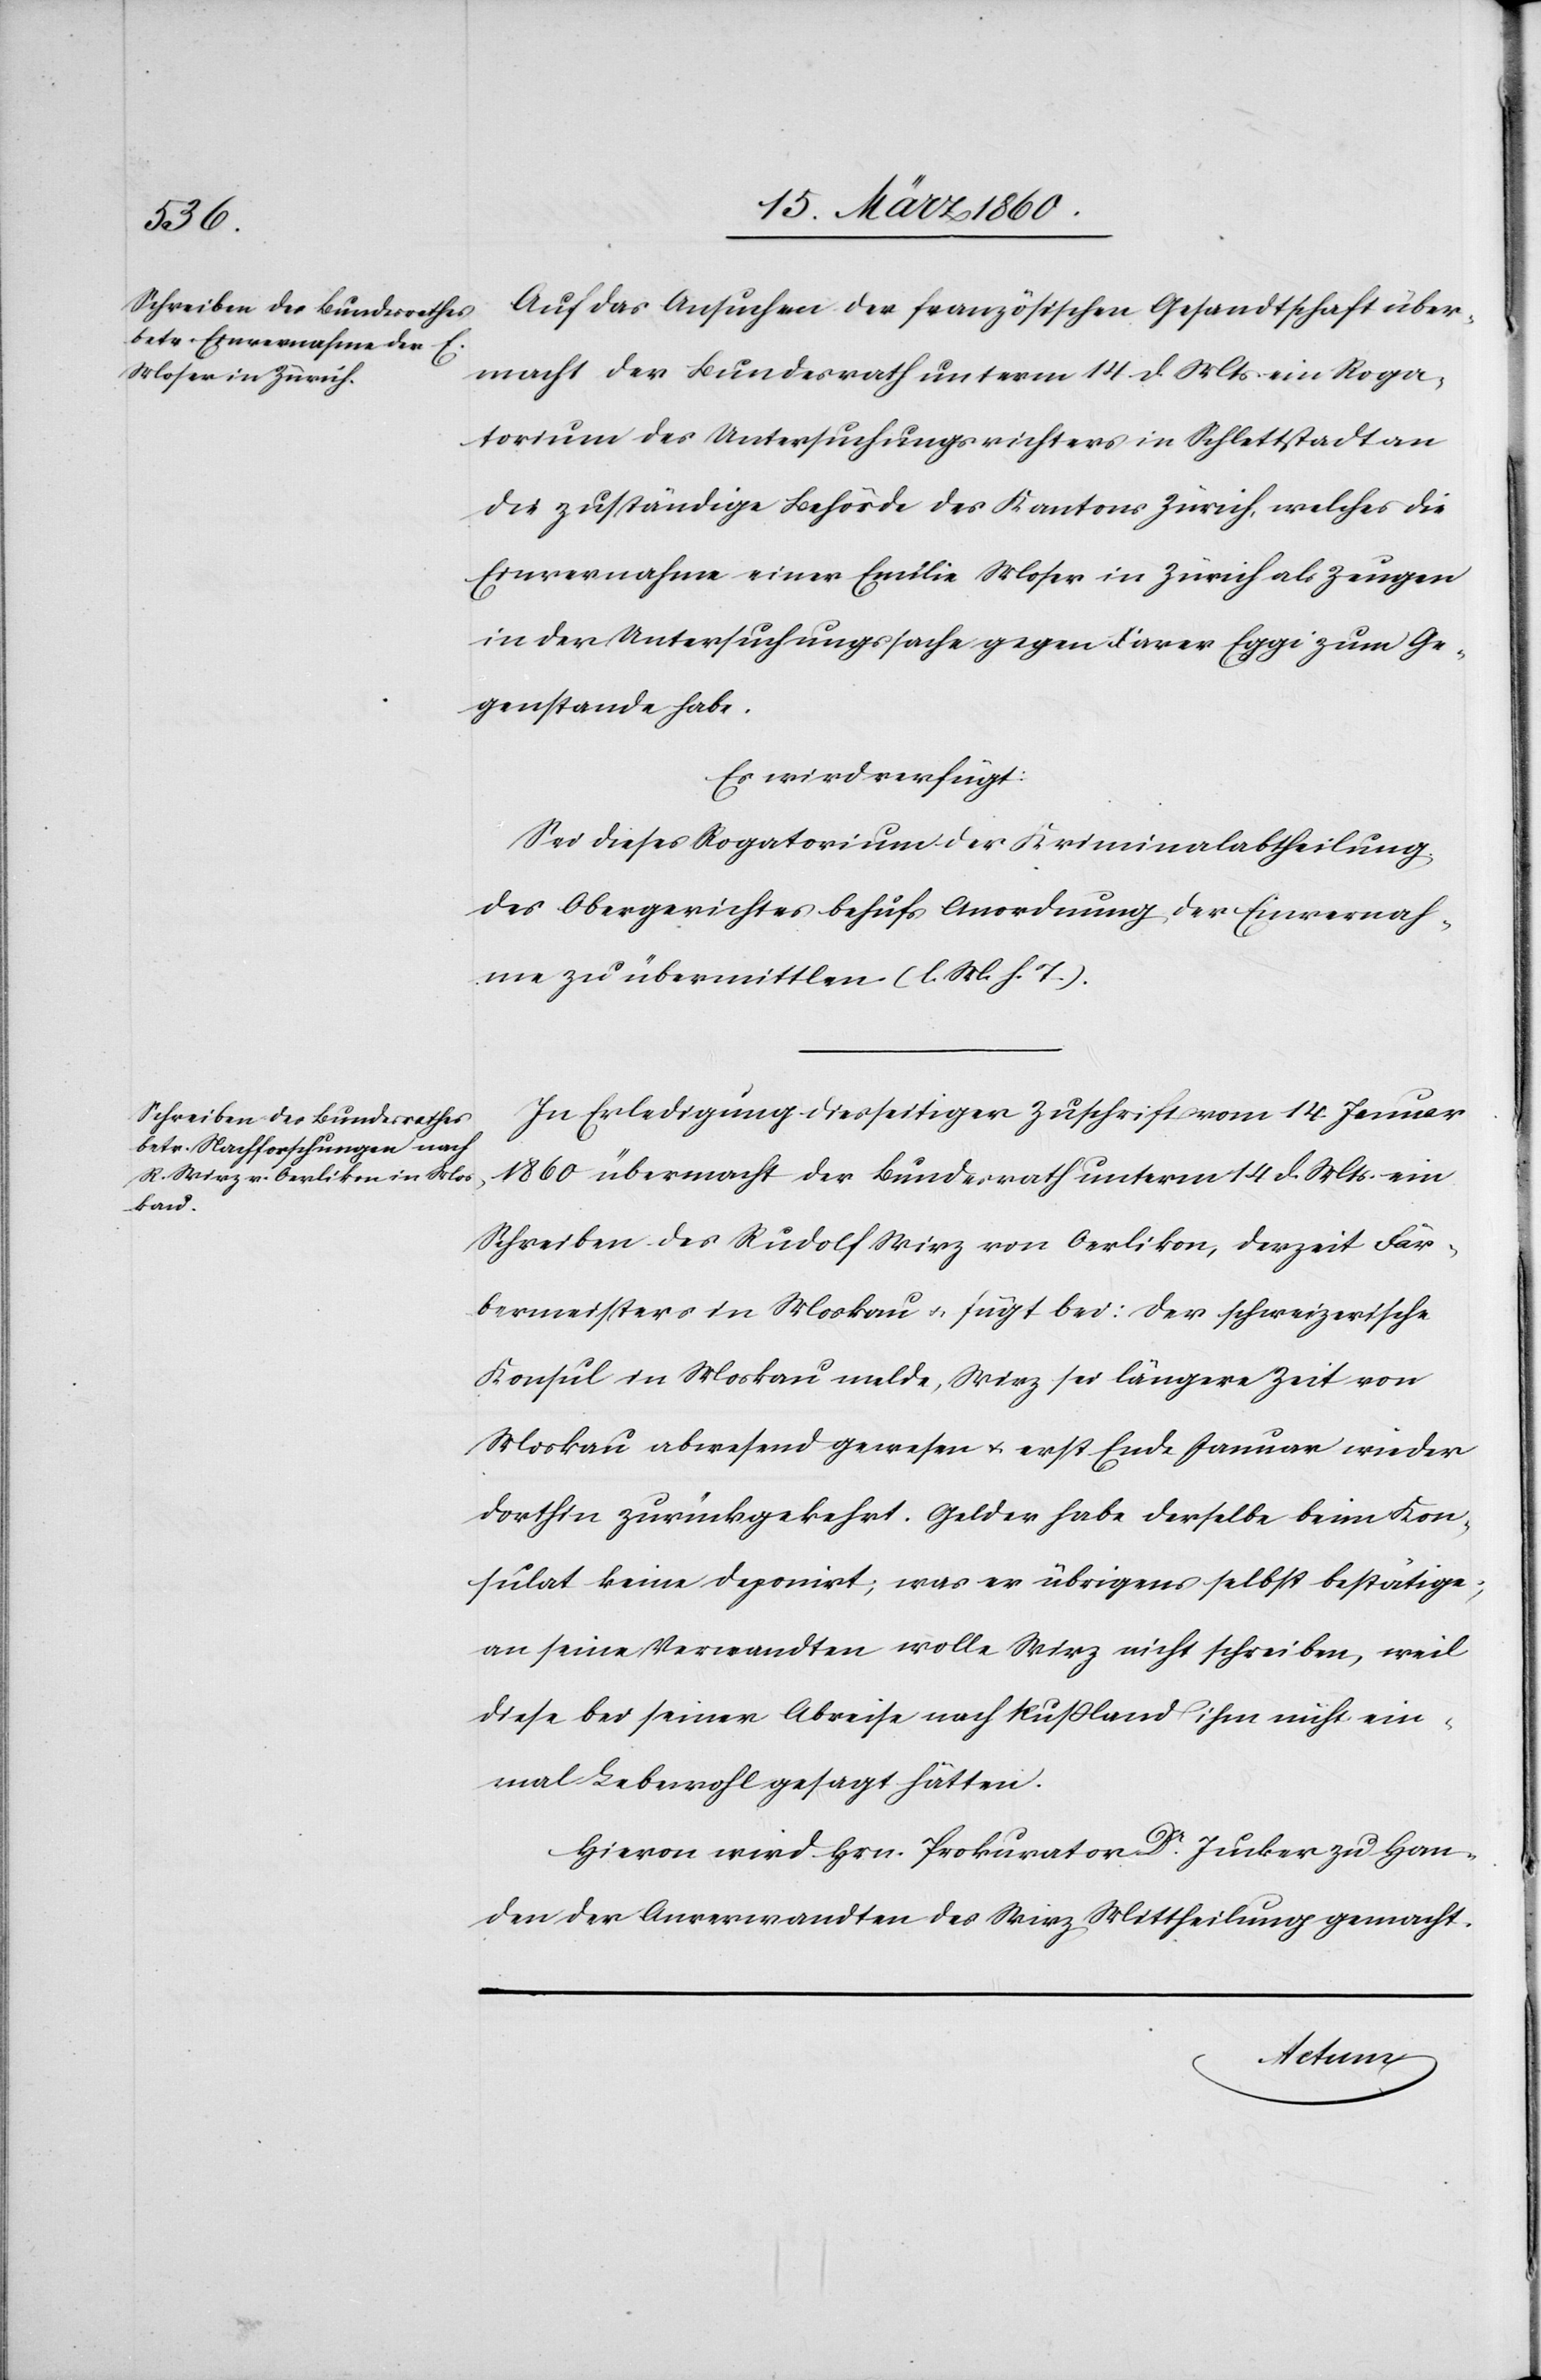
16. März 1860.]
Auf das Ansuchen der französischen Gesandtschaft über¬
macht der Bundesrath unterm 14. d. Mts. ein Roga¬
torium des Untersuchungsrichters in Schlattstadt an
die zuständige Behörde des Kantons Zürich, welches die
Einvernahme einer Emilie Moser in Zürich als Zeugen
in der Untersuchungssache gegen Xaver Eggi zum Ge¬
genstande habe.
Es wird verfügt:
Sei dieses Rogatorium der Kriminalabtheilung
des Obergerichtes behufs Anordnung der Einvernah¬
me zu übermitteln. [l. M. h. T]
In Erledigung diesseitiger Zuschrift vom 14. Jenner
1860 übermacht der Bundesrath unterm 14. d. Mts. ein
Schreiben des Rudolf Wirz von Oerlikon, derzeit Fär¬
bermeisters in Moskau u. fügt bei: der schweizerische
Konsul in Moskau melde, Wirz sei längere Zeit von
Moskau abwesend gewesen u. erst Ende Januar wieder
dorthin zurückgekehrt. Gelder habe derselbe beim Kon¬
sulat keine deponirt; was er übrigens selbst bestätige;
an seine Verwandten wolle Wirz nicht schreiben, weil
diese bei seiner Abreise nach Russland ihm nicht ein¬
mal Lebewohl gesagt hätten.
Hievon wird Hrn. Prokurator Dr Jucker zu Han¬
den der Anverwandten des Wirz Mittheilung gemacht.